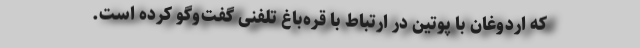
که اردوغان با پوتین در ارتباط با قره‌باغ تلفنی گفت‌وگو کرده است.